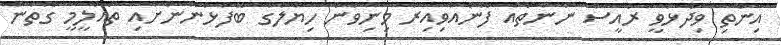
އިންތި ވިދާޅުވީ ރައީސް ނަންތައް ފޮނުއްވިއިރު މިނިވަން ހިޔާލުގެ ބޭފުޅުންނަށާއި ތައުލީމީ ގޮތުން